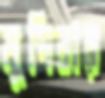
মুদিবার